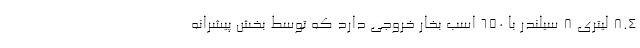
8.4 لیتری 8 سیلندر با 650 اسب بخار خروجی دارد که توسط بخش پیشرانه